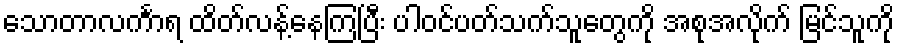
သောတာလင်္ကာရ ထိတ်လန့်နေကြပြီး ပါဝင်ပတ်သက်သူတွေကို အစုအလိုက် မြင်သူကို